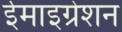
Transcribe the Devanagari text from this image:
ईमाइग्रेशन